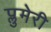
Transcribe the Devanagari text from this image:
प्लुमेरी